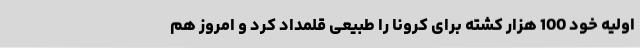
اولیه خود 100 هزار کشته برای کرونا را طبیعی قلمداد کرد و امروز هم